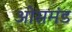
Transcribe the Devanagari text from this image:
ओसमंड